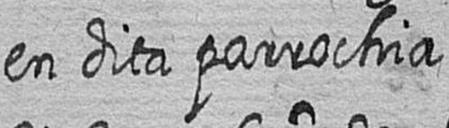
en dita parrochia